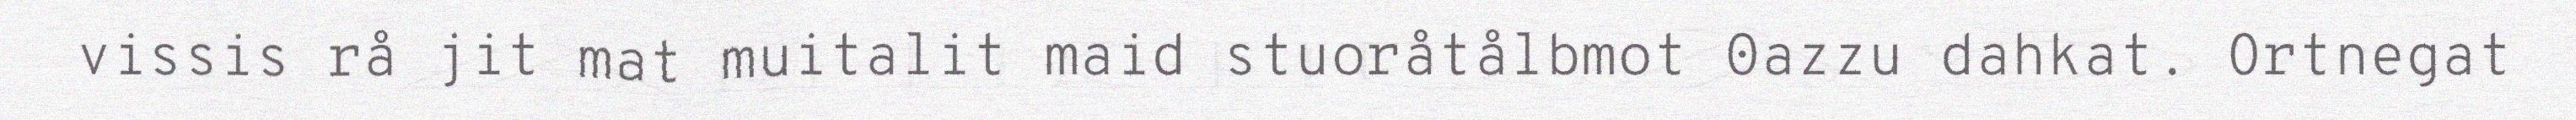
vissis rå jit mat muitalit maid stuoråtålbmot 0azzu dahkat. Ortnegat